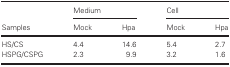
<table><thead><tr><td rowspan="2"><b>Samples</b></td><td colspan="2"><b>Medium</b></td><td colspan="2"><b>Cell</b></td></tr><tr><td><b>Mock</b></td><td><b>Hpa</b></td><td><b>Mock</b></td><td><b>Hpa</b></td></tr></thead><tbody><tr><td>HS/CS</td><td>4.4</td><td>14.6</td><td>5.4</td><td>2.7</td></tr><tr><td>HSPG/CSPG</td><td>2.3</td><td>9.9</td><td>3.2</td><td>1.6</td></tr></tbody></table>